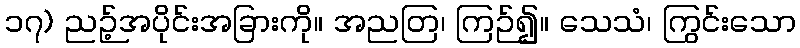
၁၇) ညဉ့်အပိုင်းအခြားကို။ အညတြ၊ ကြဉ်၍။ သေသံ၊ ကြွင်းသော